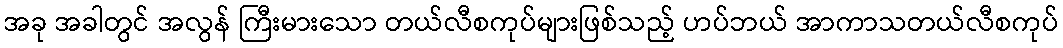
အခု အခါတွင် အလွန် ကြီးမားသော တယ်လီစကုပ်များဖြစ်သည့် ဟပ်ဘယ် အာကာသတယ်လီစကုပ်